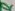
Text: R